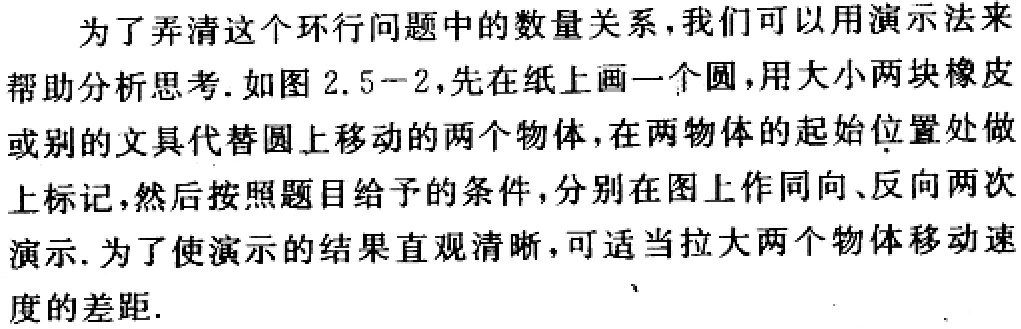
为了弄清这个环行问题中的数量关系,我们可以用演示法来帮助分析思考.如图 2.5--2,先在纸上画一个圆,用大小两块橡皮或别的文具代替圆上移动的两个物体,在两物体的起始位置处做上标记,然后按照题目给予的条件,分别在图上作同向、反向两次演示.为了使演示的结果直观清晰,可适当拉大两个物体移动速度的差距.